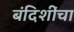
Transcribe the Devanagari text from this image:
बंदिशींचा